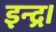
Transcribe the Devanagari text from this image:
इन्द्र।